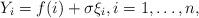
LaTeX: \begin{align*}Y_i=f(i)+\sigma \xi_i, i =1, \ldots, n, \end{align*}